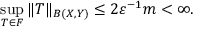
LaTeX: \sup _ { T \in F } \| T \| _ { B ( X , Y ) } \leq 2 \varepsilon ^ { - 1 } m < \infty .